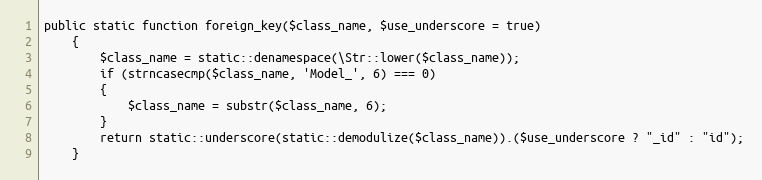
Language: PHP
public static function foreign_key($class_name, $use_underscore = true)
	{
		$class_name = static::denamespace(\Str::lower($class_name));
		if (strncasecmp($class_name, 'Model_', 6) === 0)
		{
			$class_name = substr($class_name, 6);
		}
		return static::underscore(static::demodulize($class_name)).($use_underscore ? "_id" : "id");
	}